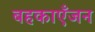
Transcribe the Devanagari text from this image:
बहकाएँजन